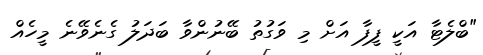
"ބްލެޓާ އަކީ ފީފާ އަށް މި ވަގުތު ބޭނުންވާ ބަދަލު ގެނެވޭނެ މީހެއް